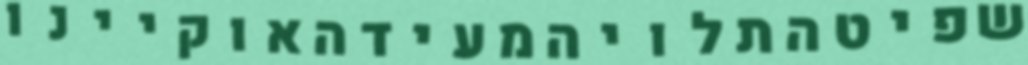
שפיטהתלויהמעידהאוקיינו